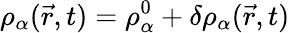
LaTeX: \rho_{\alpha}(\vec{r},t)=\rho_{\alpha}^{0}+\delta\rho_{\alpha}(\vec{r},t)